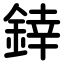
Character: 﨨